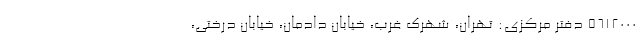
5612000 دفتر مرکزی: تهران، شهرک غرب، خیابان دادمان، خیابان درختی،